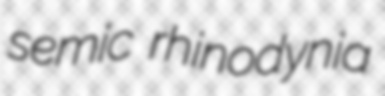
semic rhinodynia